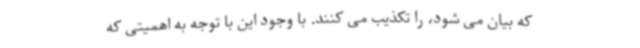
که بیان می شود، را تکذیب می کنند. با وجود این با توجه به اهمیتی که